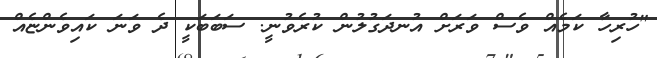
"ހުރިހާ ކަމެއް ވެސް ވަރަށް އުނދަގުލުން ކުރެވުނީ. ސަބަބަކީ ދެ ވަނަ ކައިވެންޏެއް